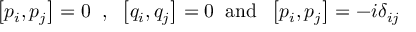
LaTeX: \left[ p _ { i } , p _ { j } \right] = 0 \; \; , \; \; \left[ q _ { i } , q _ { j } \right] = 0 \; \; \mathrm { a n d } \; \; \left[ p _ { i } , p _ { j } \right] = - i \delta _ { i j }